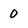
Character: 0